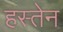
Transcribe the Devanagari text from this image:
हस्तेन